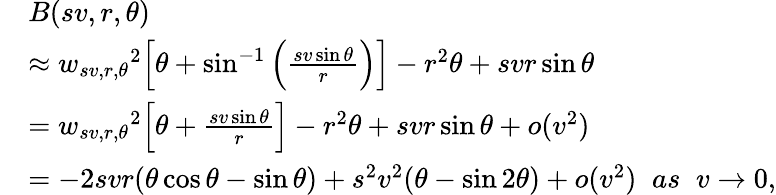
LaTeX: \begin{array}{rl}&{B(sv,r,\theta)}\\ &{\approx{w_{sv,r,\theta}}^{2}\Big[\theta+\sin^{-1}\Big(\frac{sv\sin\theta}{r}\Big)\Big]-r^{2}\theta+svr\sin\theta}\\ &{={w_{sv,r,\theta}}^{2}\Big[\theta+\frac{sv\sin\theta}{r}\Big]-r^{2}\theta+svr\sin\theta+o(v^{2})}\\ &{=-2svr(\theta\cos\theta-\sin\theta)+s^{2}v^{2}(\theta-\sin 2\theta)+o(v^{2})\; \; as\; \; v\rightarrow 0,}\end{array}